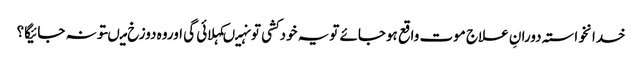
خدانخواستہ دورانِ علاج موت واقع ہوجائے تویہ خودکشی تونہیںکہلائی گی اوروہ دوزخ میںتونہ جائیگا؟